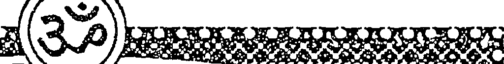
(3)